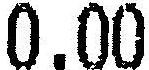
0.00